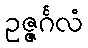
ဥဇ္ဇင်္ဂလံ